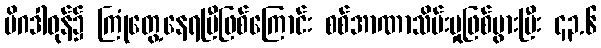
မိဂဒါဝုန်၌ ကြုံတွေ့နေရပြီဖြစ်ကြောင်း စစ်အာဏာသိမ်းမှုဖြစ်ပွားပြီး ၄၃.၆